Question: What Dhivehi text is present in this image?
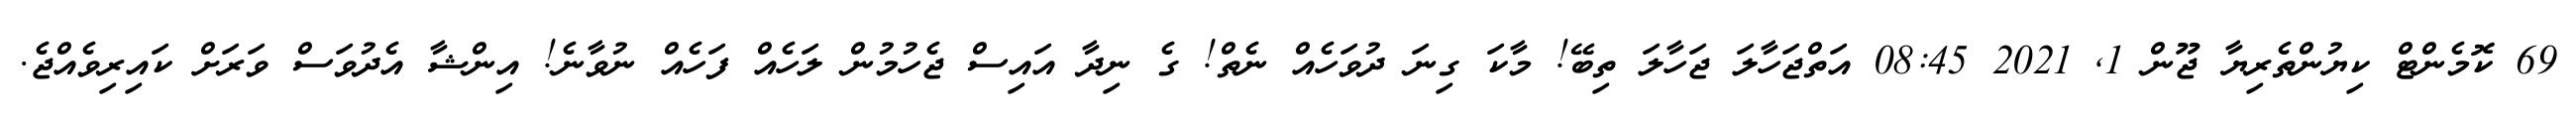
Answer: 69 ކޮމެންޓް ކިޔުންތެރިޔާ ޖޫން 1, 2021 08:45 އަތްޖަހާލަ ޖަހާލަ ތިބޭ! މާކަ ގިނަ ދުވަހެއް ނެތް! ގެ ނިދާ އައިސް ޖެހުމުން ލަހެއް ފަހެއް ނުވާނެ! އިންޝާ އެދުވަސް ވަރަށް ކައިރިވެއްޖެ.